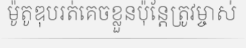
ម៉ូតូឌុបរត់គេចខ្លួនប៉ុន្តែត្រូវម្ចាស់